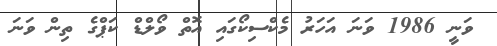
ވަނީ 1986 ވަނަ އަހަރު މެކްސިކޯގައި އޮތް ވޯލްޑް ކަޕްގެ ތިން ވަނަ